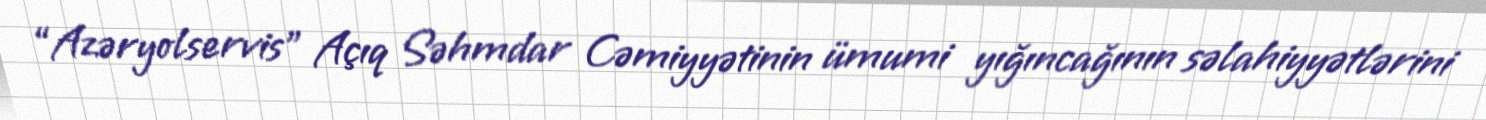
“Azəryolservis” Açıq Səhmdar Cəmiyyətinin ümumi yığıncağının səlahiyyətlərini